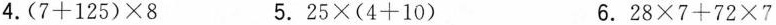
4.$$( 7 + 1 2 5 ) \times 8$$ 5.$$2 5 \times ( 4 + 1 0 )$$ 6.$$ 2 8 \times 7 + 7 2 \times 7$$